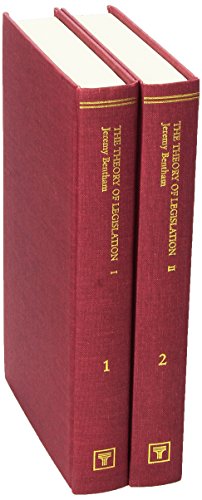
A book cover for The Theory Of Legislation; Law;